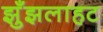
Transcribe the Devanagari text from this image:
झुँझलाहट